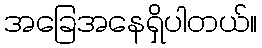
အခြေအနေရှိပါတယ်။